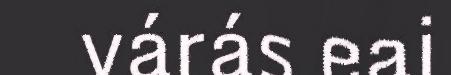
várás eai